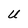
Character: U